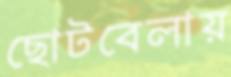
ছোটবেলায়